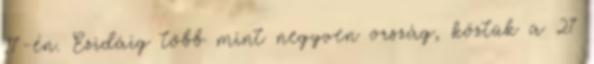
17-én. Ezidáig több mint negyven ország, köztük a 27